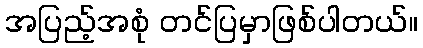
အပြည့်အစုံ တင်ပြမှာဖြစ်ပါတယ်။